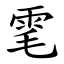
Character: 雮